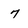
Character: 7